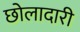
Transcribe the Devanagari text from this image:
छोलादारी